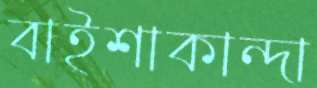
বাইশাকান্দা